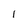
Character: 1